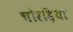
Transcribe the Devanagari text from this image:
चोरड़िया